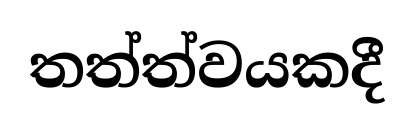
තත්ත්වයකදී